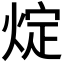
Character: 𤊟